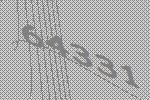
64331